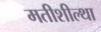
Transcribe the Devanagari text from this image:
मतीशील्था